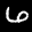
Label: 6